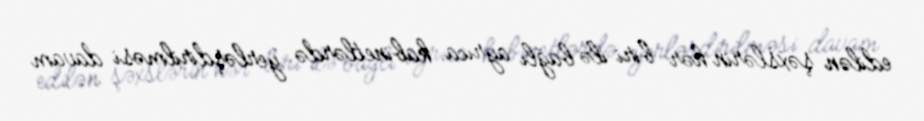
edilən şəxslərin hər biri ilə bağlı ayrıca kabinetlərdə yerləşdirilməsi davam